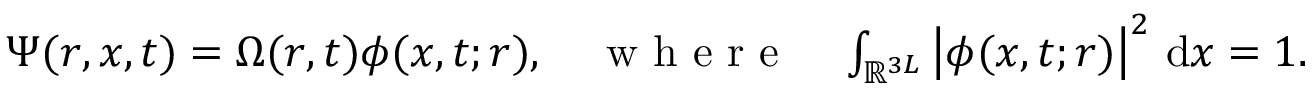
\begin{array} { r } { \Psi ( r , x , t ) = \Omega ( r , t ) \phi ( x , t ; r ) , \quad \mathrm { ~ w ~ h ~ e ~ r ~ e ~ } \quad \int _ { \ensuremath { \mathbb { R } } ^ { 3 L } } \left| \phi ( x , t ; r ) \right| ^ { 2 } \, \mathrm { d } x = 1 . } \end{array}